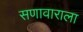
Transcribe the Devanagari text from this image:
सणावाराला